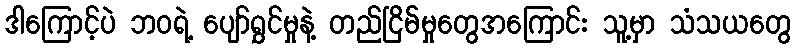
ဒါကြောင့်ပဲ ဘဝရဲ့ ပျော်ရွှင်မှုနဲ့ တည်ငြိမ်မှုတွေအကြောင်း သူ့မှာ သံသယတွေ